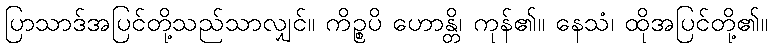
ပြာသာဒ်အပြင်တို့သည်သာလျှင်။ ကိဉ္စပိ ဟောန္တိ၊ ကုန်၏။ နေသံ၊ ထိုအပြင်တို့၏။